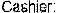
CASHIER: